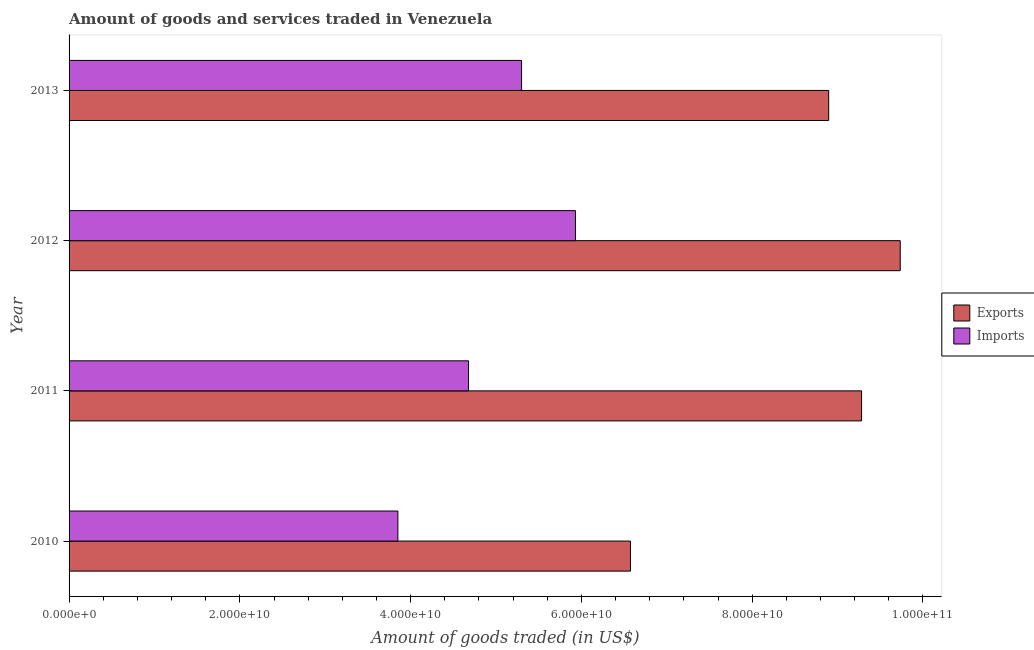
| Year | Exports | Imports |
 | --- | --- | --- |
 | 2010 | 6.57e+10 | 3.85e+10 |
 | 2011 | 9.28e+10 | 4.68e+10 |
 | 2012 | 9.73e+10 | 5.93e+10 |
 | 2013 | 8.9e+10 | 5.3e+10 |